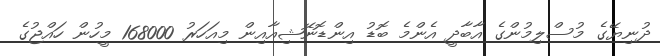
ދުނިޔޭގެ މުސްލިމުންގެ އާބާދީ އެންމެ ބޮޑު އިންޑޮނޭޝިއާއިން މިއަހަރު 168000 މީހުން ހައްޖުގެ